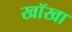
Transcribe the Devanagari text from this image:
खॉखा